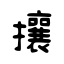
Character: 攘